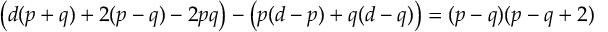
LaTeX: \left( d ( p + q ) + 2 ( p - q ) - 2 p q \right) - \left( p ( d - p ) + q ( d - q ) \right) = ( p - q ) ( p - q + 2 )